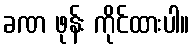
ခဏ ဖုန်း ကိုင်ထားပါ။